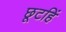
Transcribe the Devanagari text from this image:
छूटहिं